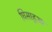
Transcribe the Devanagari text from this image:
घिसाहुआ